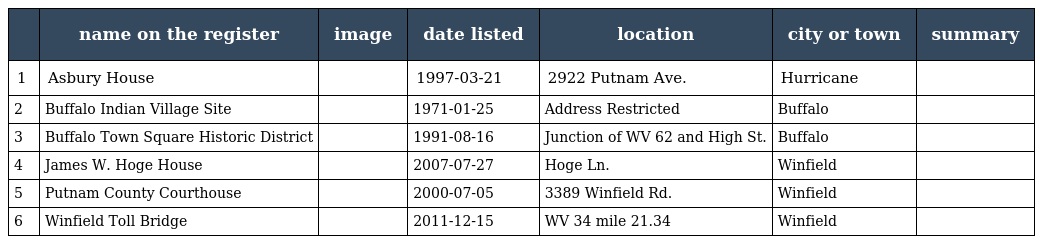
|  | name on the register | image | date listed | location | city or town | summary |
 | --- | --- | --- | --- | --- | --- | --- |
 | 1 | Asbury House |  | 1997-03-21 | 2922 Putnam Ave. | Hurricane |  |
 | 2 | Buffalo Indian Village Site |  | 1971-01-25 | Address Restricted | Buffalo |  |
 | 3 | Buffalo Town Square Historic District |  | 1991-08-16 | Junction of WV 62 and High St. | Buffalo |  |
 | 4 | James W. Hoge House |  | 2007-07-27 | Hoge Ln. | Winfield |  |
 | 5 | Putnam County Courthouse |  | 2000-07-05 | 3389 Winfield Rd. | Winfield |  |
 | 6 | Winfield Toll Bridge |  | 2011-12-15 | WV 34 mile 21.34 | Winfield |  |